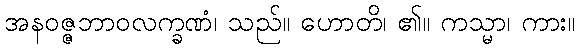
အနဝဇ္ဇဘာဝလက္ခဏံ၊ သည်။ ဟောတိ၊ ၏။ ကသ္မာ၊ ကား။